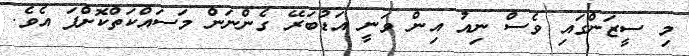
މި ސީޒަންގައި ވެސް ނިއު އިން ވަނީ އަޑުބަރޭ ގެންނަން މަސައްކަތްކޮށްފަ އެވެ.